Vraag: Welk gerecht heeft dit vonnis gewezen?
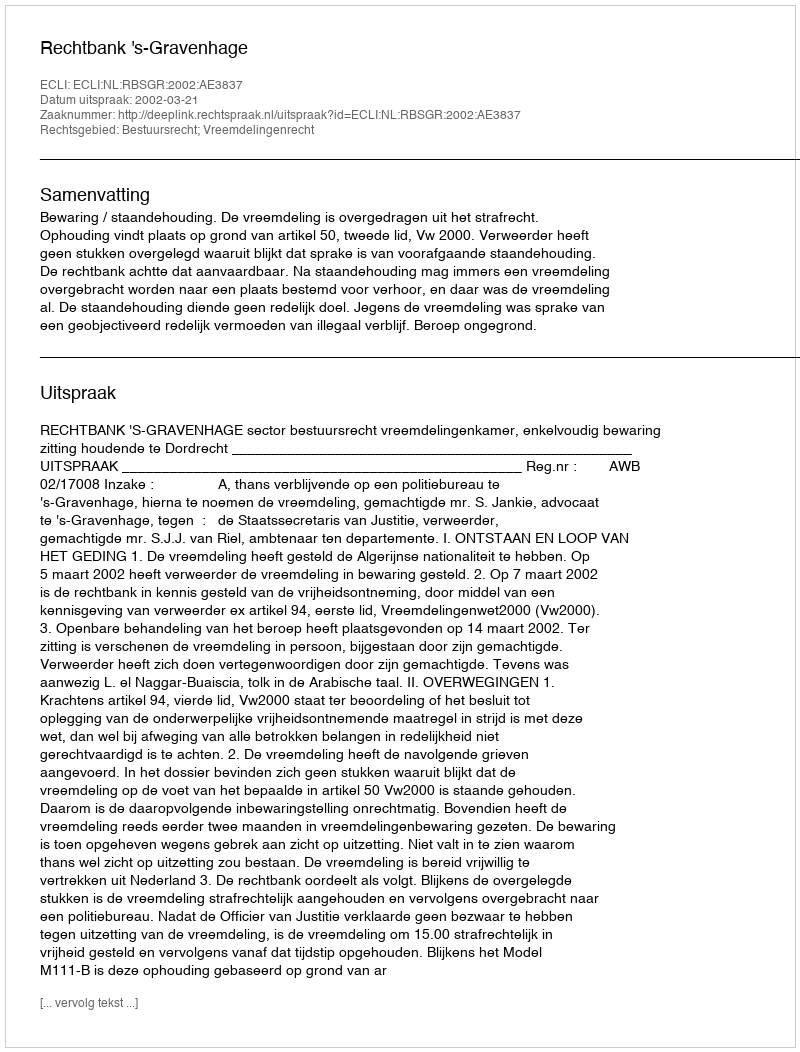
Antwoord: Rechtbank 's-Gravenhage